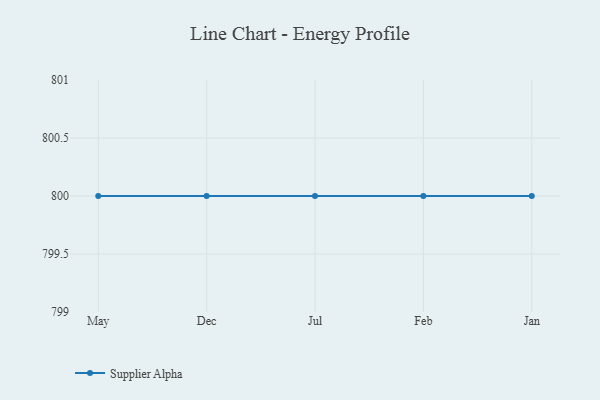
{"axis": {"x": "Month", "y": "Gross Profit (USD K)"}, "legend": ["Supplier Alpha"], "data": [{"x": "May", "y": 800, "type": "Supplier Alpha"}, {"x": "Dec", "y": 800, "type": "Supplier Alpha"}, {"x": "Jul", "y": 800, "type": "Supplier Alpha"}, {"x": "Feb", "y": 800, "type": "Supplier Alpha"}, {"x": "Jan", "y": 800, "type": "Supplier Alpha"}]}